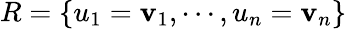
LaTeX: R=\{ u_{1}=\mathbf{v}_{1},\cdots,u_{n}=\mathbf{v}_{n}\}